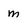
Character: m